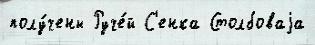
полу́чены Руче́й С'енка Столбоваjа